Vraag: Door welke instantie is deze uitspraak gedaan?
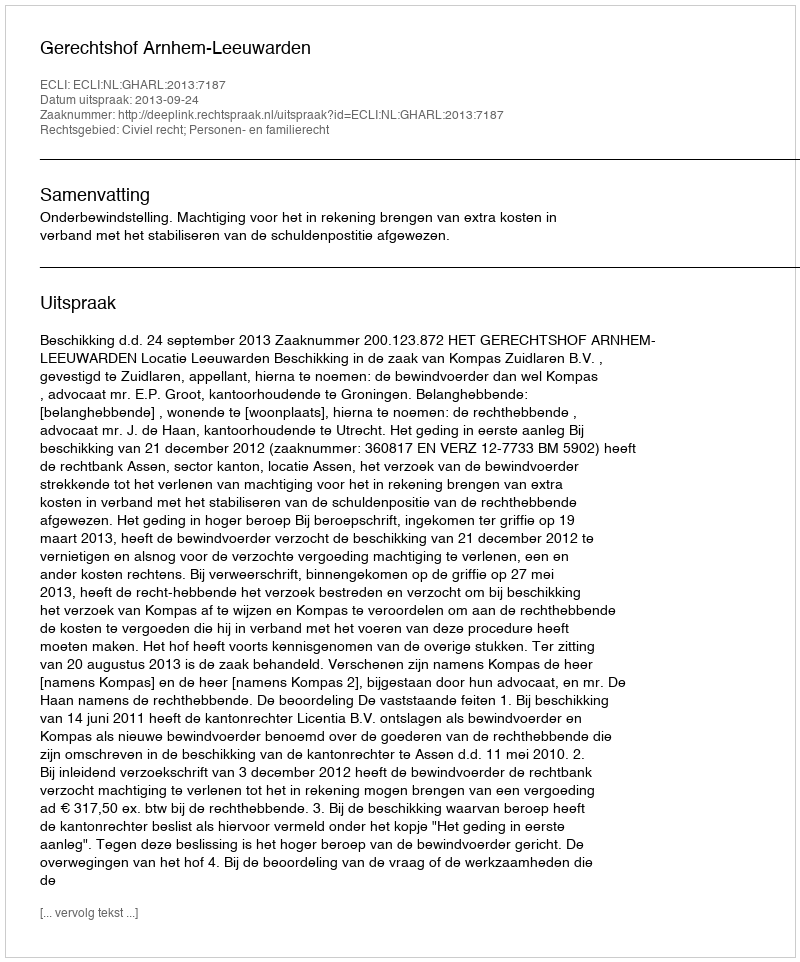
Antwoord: Gerechtshof Arnhem-Leeuwarden